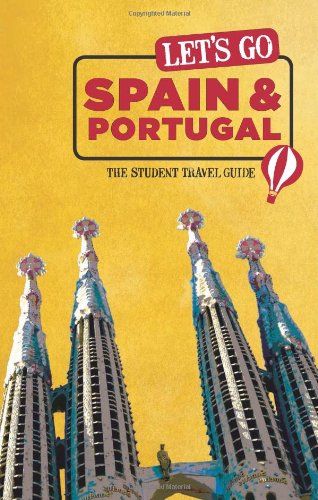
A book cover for Let's Go Spain & Portugal: The Student Travel Guide; Inc. Harvard Student Agencies; Travel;